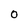
Character: 0